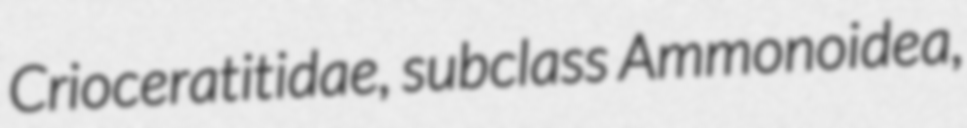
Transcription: Crioceratitidae, subclass Ammonoidea,